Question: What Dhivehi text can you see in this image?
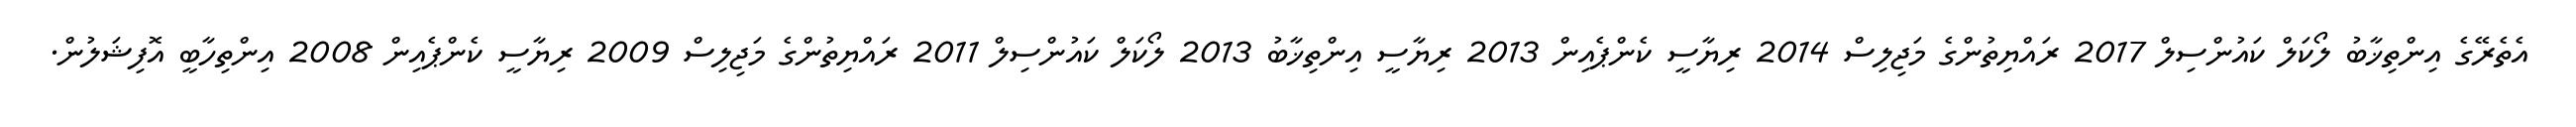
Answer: އެތެރޭގެ އިންތިޚާބު ލޯކަލް ކައުންސިލް 2017 ރައްޔިތުންގެ މަޖިލިސް 2014 ރިޔާސީ ކެންޕެއިން 2013 ރިޔާސީ އިންތިޚާބު 2013 ލޯކަލް ކައުންސިލް 2011 ރައްޔިތުންގެ މަޖިލިސް 2009 ރިޔާސީ ކެންޕެއިން 2008 އިންތިހާބީ އޮފިޝަލުން.